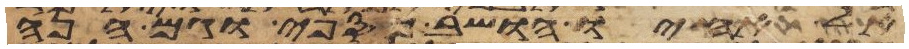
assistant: אל אחיו הושב כספי וגם הנה